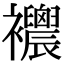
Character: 𧟒